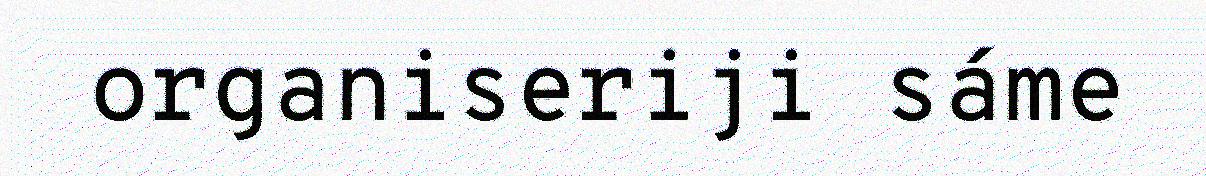
organiseriji sáme